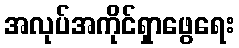
အလုပ်အကိုင်ရှာဖွေရေး